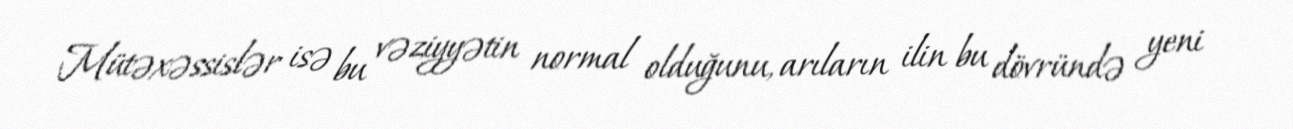
Mütəxəssislər isə bu vəziyyətin normal olduğunu, arıların ilin bu dövründə yeni